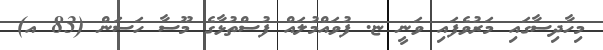
މިހާދިސާގައި މަރުވެފައި ވަނީ ޏ. ފުވައްމުލައް ފުސްތުޅާގެ މޫސާ ހަސަން (83 އ)